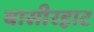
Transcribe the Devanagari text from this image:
बासीरहाट